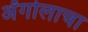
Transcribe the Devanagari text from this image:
अँगोलाचा